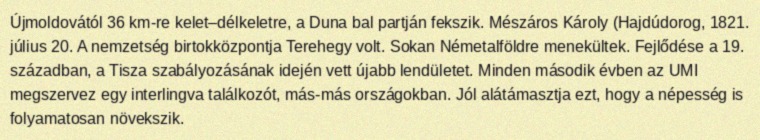
Újmoldovától 36 km-re kelet–délkeletre, a Duna bal partján fekszik. Mészáros Károly (Hajdúdorog, 1821. július 20. A nemzetség birtokközpontja Terehegy volt. Sokan Németalföldre menekültek. Fejlődése a 19. században, a Tisza szabályozásának idején vett újabb lendületet. Minden második évben az UMI megszervez egy interlingva találkozót, más-más országokban. Jól alátámasztja ezt, hogy a népesség is folyamatosan növekszik.